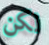
لكن